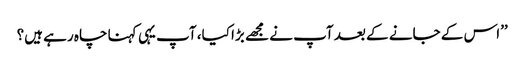
’’اس کے جانے کے بعد آپ نے مجھے بڑا کیا، آپ یہی کہنا چاہ رہے ہیں؟